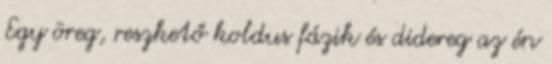
Egy öreg, reszkető koldus fázik és didereg az én